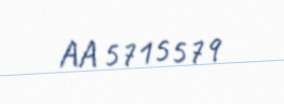
AA 5715579